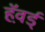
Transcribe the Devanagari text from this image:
हॅव़र्ड्